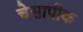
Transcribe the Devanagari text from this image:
चेसापीक